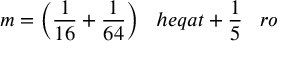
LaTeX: m = { \bigg ( } { \frac { 1 } { 1 6 } } + { \frac { 1 } { 6 4 } } { \bigg ) } \; \; \; h e q a t + { \frac { 1 } { 5 } } \; \; \; r o